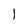
Character: l